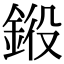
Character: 𨦯